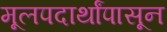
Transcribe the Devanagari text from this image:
मूलपदार्थांपासून